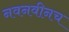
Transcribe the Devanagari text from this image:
नवनवीनच